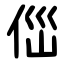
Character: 㑎